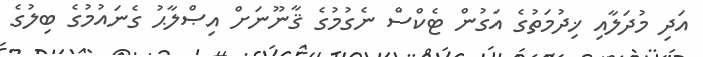
އަދި މުދަލާއި ޚިދުމަތުގެ އަގުން ޓެކްސް ނެގުމުގެ ޤާނޫނަށް އިޞްލާޙު ގެނައުމުގެ ބިލުގެ